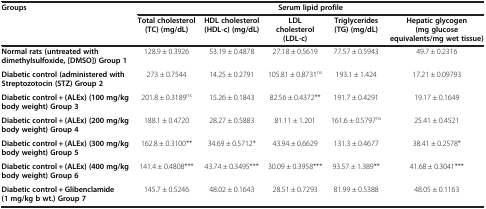
<table><thead><tr><td rowspan="2"><b>Groups</b></td><td colspan="5"><b>Serum lipid profile</b></td></tr><tr><td><b>Total cholesterol (TC) (mg/dL)</b></td><td><b>HDL cholesterol (HDL-c) (mg/dL)</b></td><td><b>LDL cholesterol (LDL-c)</b></td><td><b>Triglycerides (TG) (mg/dL)</b></td><td><b>Hepatic glycogen (mg glucose equivalents/mg wet tissue)</b></td></tr></thead><tbody><tr><td><b>Normal rats (untreated with dimethylsulfoxide, [DMSO]) Group 1</b></td><td>128.9 ± 0.3926</td><td>53.19 ± 0.4878</td><td>27.18 ± 0.5619</td><td>77.57 ± 0.5943</td><td>49.7 ± 0.2316</td></tr><tr><td><b>Diabetic control (administered with Streptozotocin (STZ) Group 2</b></td><td>273 ± 0.7544</td><td>14.25 ± 0.2791</td><td>105.81 ± 0.8731<sup>ns</sup></td><td>193.1 ± 1.424</td><td>17.21 ± 0.09793</td></tr><tr><td><b>Diabetic control + (ALEx) (100 mg/kg body weight) Group 3</b></td><td>201.8 ± 0.3189<sup>ns</sup></td><td>15.26 ± 0.1843</td><td>82.56 ± 0.4372**</td><td>191.7 ± 0.4291</td><td>19.17 ± 0.1649</td></tr><tr><td><b>Diabetic control + (ALEx) (200 mg/kg body weight) Group 4</b></td><td>188.1 ± 0.4720</td><td>28.27 ± 0.5883</td><td>81.11 ± 1.201</td><td>161.6 ± 0.5797<sup>ns</sup></td><td>25.41 ± 0.4521</td></tr><tr><td><b>Diabetic control + (ALEx) (300 mg/kg body weight) Group 5</b></td><td>162.8 ± 0.3100**</td><td>34.69 ± 0.5712*</td><td>43.94 ± 0.6629</td><td>131.3 ± 0.4677</td><td>38.41 ± 0.2578*</td></tr><tr><td><b>Diabetic control + (ALEx) (400 mg/kg body weight) Group 6</b></td><td>141.4 ± 0.4808***</td><td>43.74 ± 0.3495***</td><td>30.09 ± 0.3958***</td><td>93.57 ± 1.389**</td><td>41.68 ± 0.3041***</td></tr><tr><td><b>Diabetic control + Glibenclamide (1 mg/kg b wt.) Group 7</b></td><td>145.7 ± 0.5246</td><td>48.02 ± 0.1643</td><td>28.51 ± 0.7293</td><td>81.99 ± 0.5388</td><td>48.05 ± 0.1163</td></tr></tbody></table>